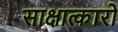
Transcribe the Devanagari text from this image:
साक्षात्कारो